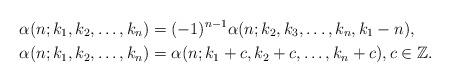
LaTeX: \begin{align*} \alpha(n;k_1,k_2,\ldots,k_n) &= (-1)^{n-1} \alpha(n; k_2,k_3,\ldots,k_n,k_1-n),\\ \alpha(n;k_1,k_2,\ldots,k_n) &= \alpha(n;k_1+c,k_2+c,\ldots,k_n+c), c \in \mathbb{Z}.\end{align*}